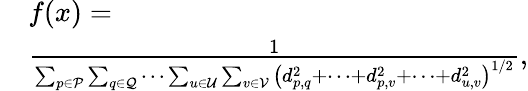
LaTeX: \begin{array}{rl}&{f(x)=}\\ &{\frac{1}{\sum_{p\in\mathcal{P}}{\sum_{q\in\mathcal{Q}}{\cdots}}\sum_{u\in\mathcal{U}}{\sum_{v\in\mathcal{V}}{\left({{d}_{p,q}^{2}}+\cdots+{{d}_{p,v}^{2}}+\cdots+{{d}_{u,v}^{2}}\right)^{1/2}}}},}\end{array}